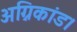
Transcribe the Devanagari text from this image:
अग्निकांड।